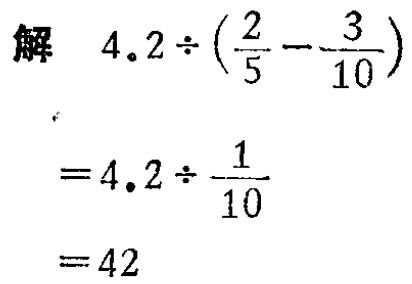
解

\[

\begin{align*}

&4.2\div(\frac{2}{5}-\frac{3}{10})\\

=&4.2\div\frac{1}{10}\\

=&42

\end{align*}

\]